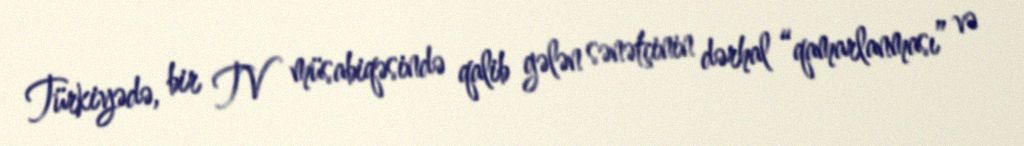
Türkiyədə, bir TV müsabiqəsində qalib gələn sənətçinin dərhal “qamarlanması” və